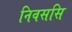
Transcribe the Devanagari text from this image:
निवससि